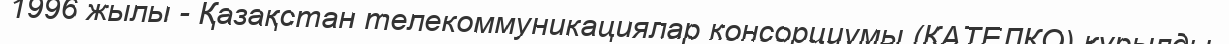
1996 жылы - Қазақстан телекоммуникациялар консорциумы (КАТЕЛКО) құрылды.